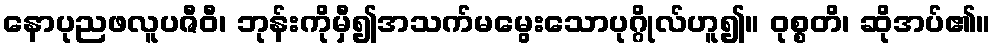
နောပုညဖလူပဇီဝီ၊ ဘုန်းကိုမှီ၍အသက်မမွေးသောပုဂ္ဂိုလ်ဟူ၍။ ဝုစ္စတိ၊ ဆိုအပ်၏။